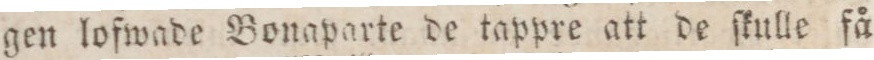
gen lofwade Bonaparte de tappre att de ſkulle få